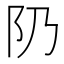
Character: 𨸐